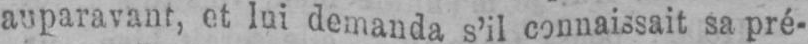
auparavant, et lui demanda s’il connaissait sa pré-